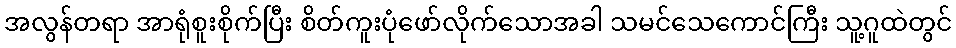
အလွန်တရာ အာရုံစူးစိုက်ပြီး စိတ်ကူးပုံဖော်လိုက်သောအခါ သမင်သေကောင်ကြီး သူ့ဂူထဲတွင်